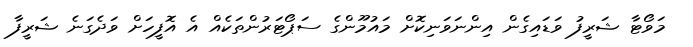
މަވޯޓާ ޝަރީފު ވަޑައިގެން އިންނަވަނިކޮށް މައުމޫންގެ ސަޕޯޓަރުންތަކެއް އެ އޮފީހަށް ވަދެގަނެ ޝަރީފާ